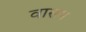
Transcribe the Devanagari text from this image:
वासम